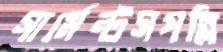
গার্মেন্টসপল্লি